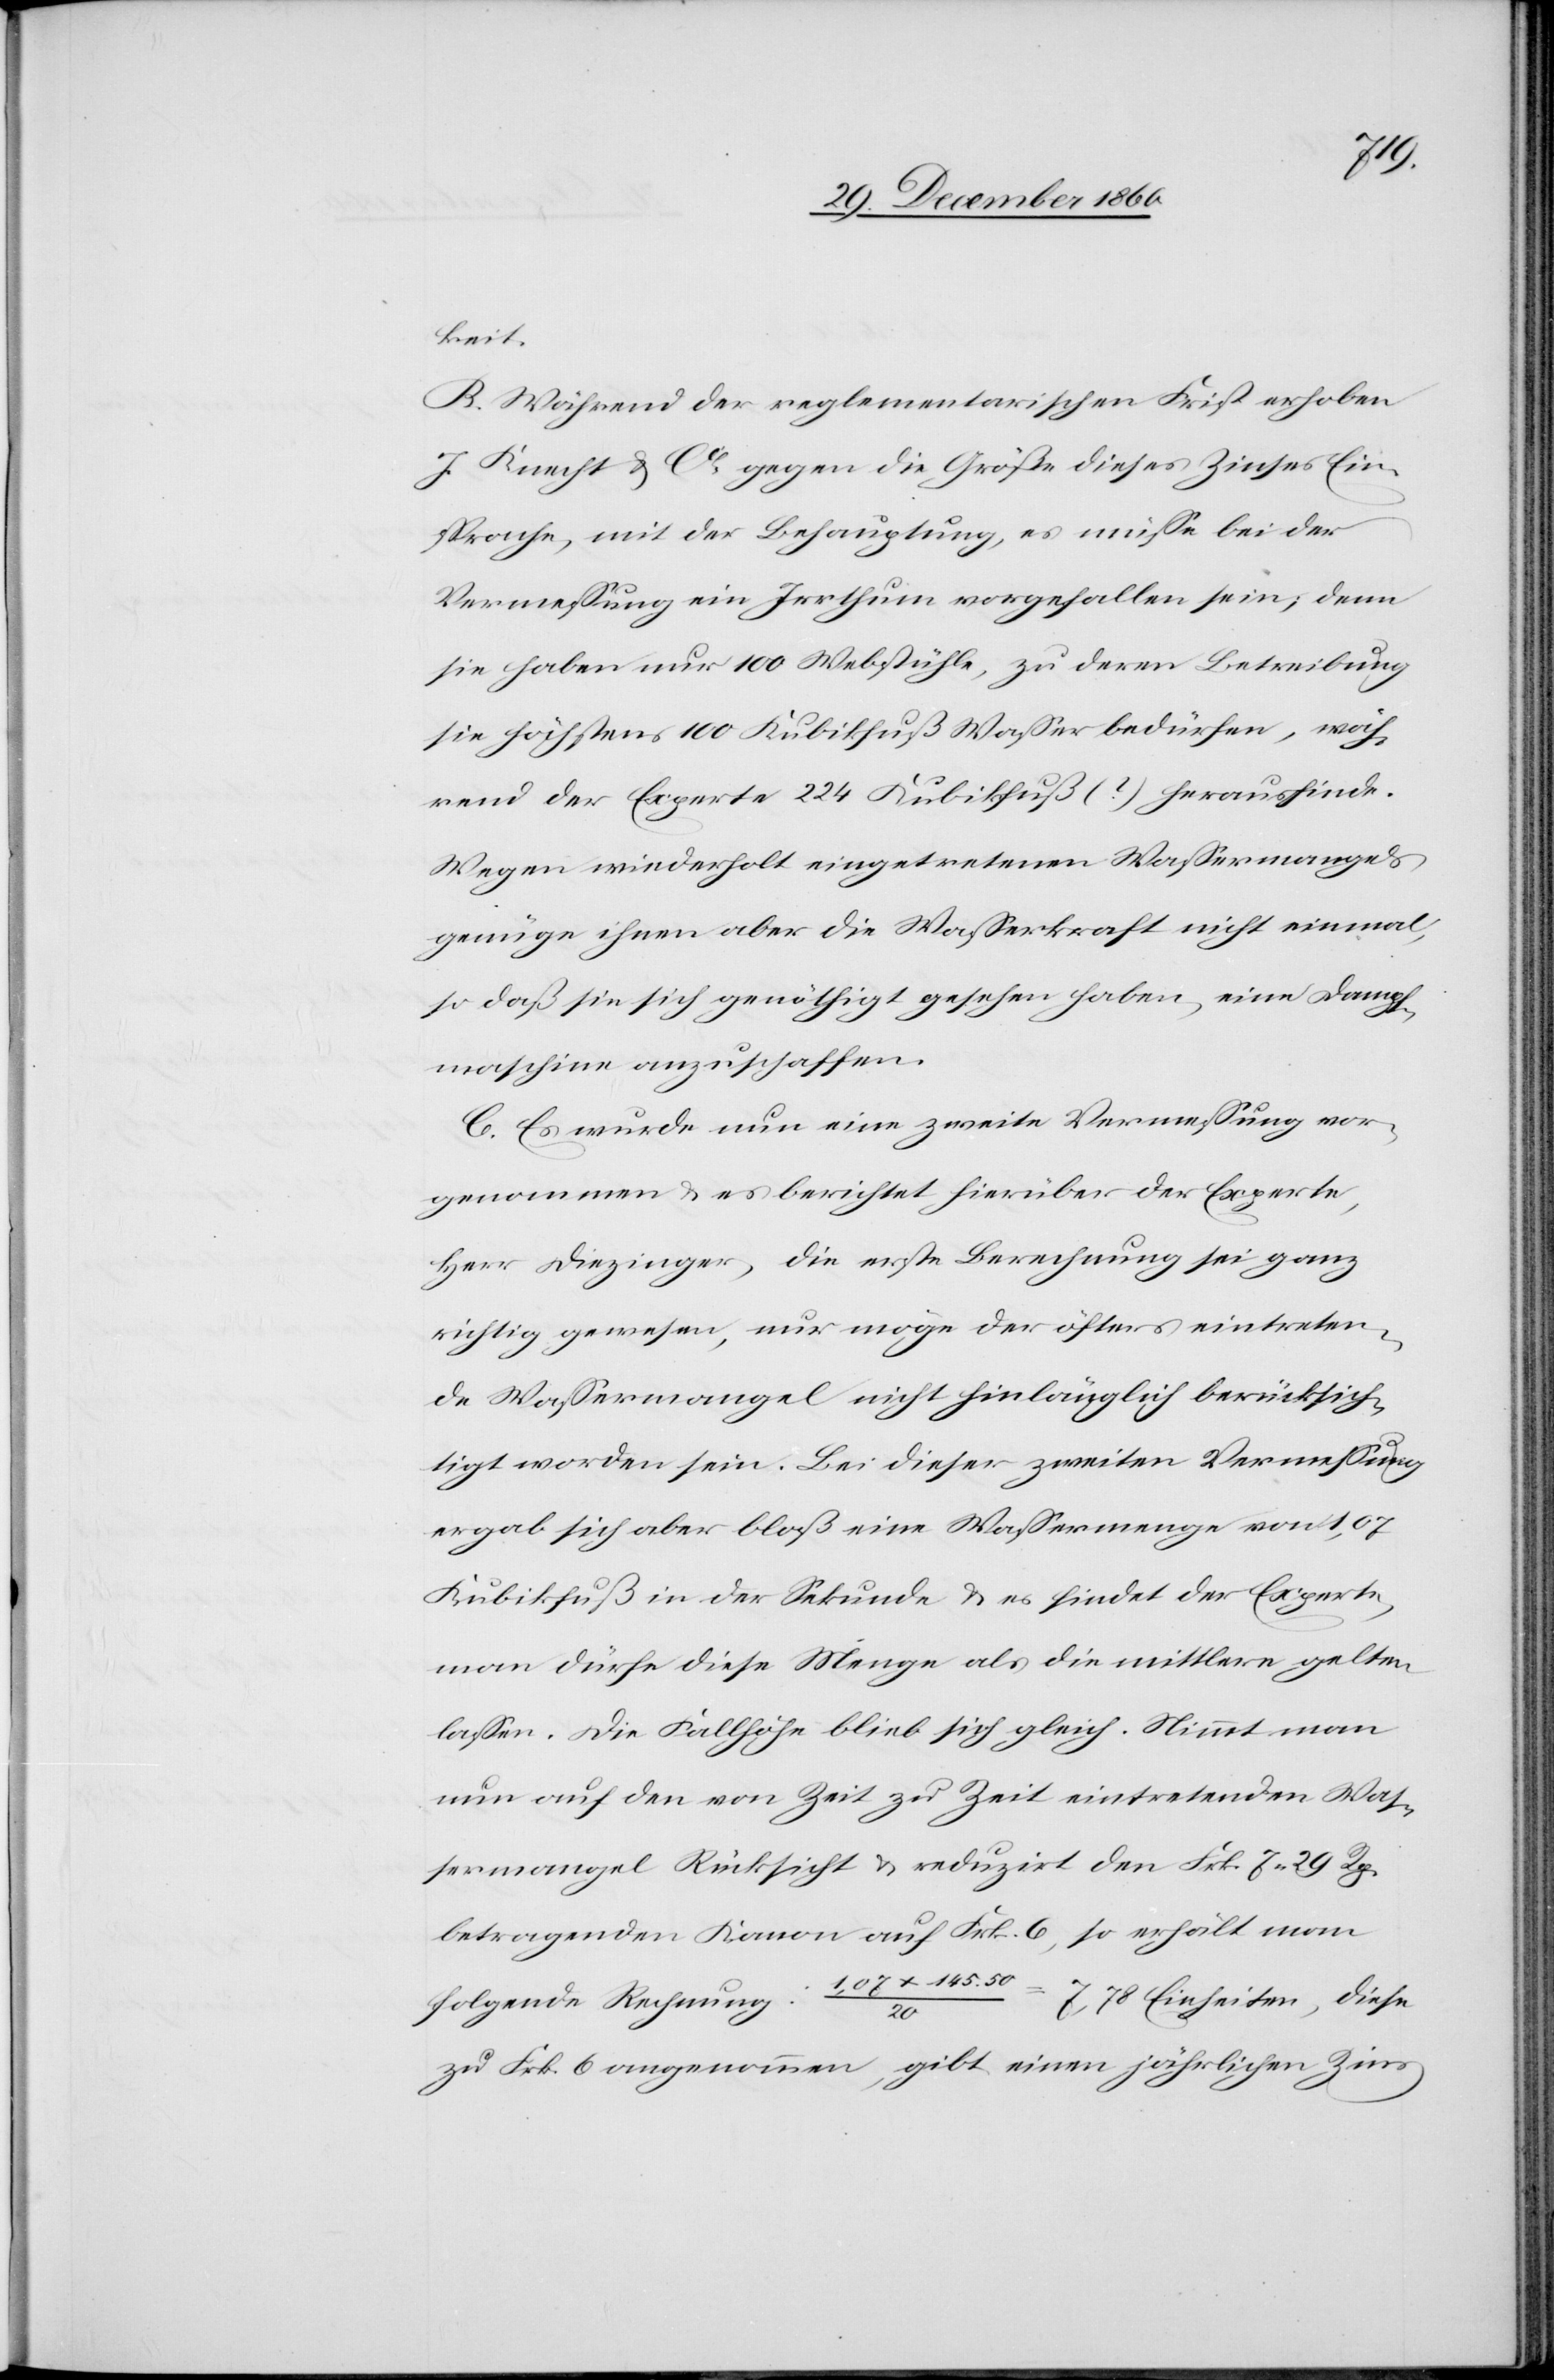
keit.
B. Während der reglementarischen Frist erhoben
J. Knecht & Cie gegen die Größe dieses Zinses Ein¬
sprache, mit der Behauptung, es müsse bei der
Vermessung ein Irrthum vorgefallen sein, denn
sie haben nur 100 Webstühle, zu deren Betreibung
sie höchstens 100 Kubikfuß Wasser bedürfen, wäh¬
rend der Experte 224 Kubikfuß (?) herausfinde.
Wegen wiederholt eingetretenen Wassermangels
genüge ihnen aber die Wasserkraft nicht einmal,
so daß sie sich genöthigt gesehen haben, eine Dampf¬
maschine anzuschaffen.
C. Es wurde nun eine zweite Vermessung vor¬
genommen u. es berichtet hierüber der Experte,
Herr Diezinger, die erste Berechnung sei ganz
richtig gewesen, nur möge der öfters eintreten¬
de Wassermangel nicht hinlänglich berücksich¬
tigt worden sein. Bei dieser zweiten Vermessung
ergab sich aber bloß eine Wassermenge von 1,07
Kubikfuß in der Sekunde u. es findet der Experte,
man dürfe diese Menge als die mittlere gelten
lassen. Die Fallhöhe blieb sich gleich. Nimmt man
nun auf den von Zeit zu Zeit eintretenden Was¬
sermangel Rücksicht u. reduzirt den Frk. 7 29 Rp.
betragenden Kanon auf Frk. 6, so erhält man
folgende Rechnung: 1,07 x 145.5
7,78 Einheiten, diese
zu Frk. 6 angenommen, gibt einen jährlichen Zins